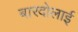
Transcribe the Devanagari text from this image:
बारदोलाई